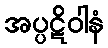
အပ္ပဋိဝါနံ